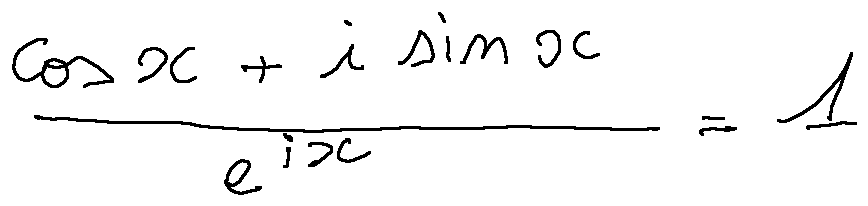
\frac { \cos x + i \sin x } { e ^ { i x } } = 1